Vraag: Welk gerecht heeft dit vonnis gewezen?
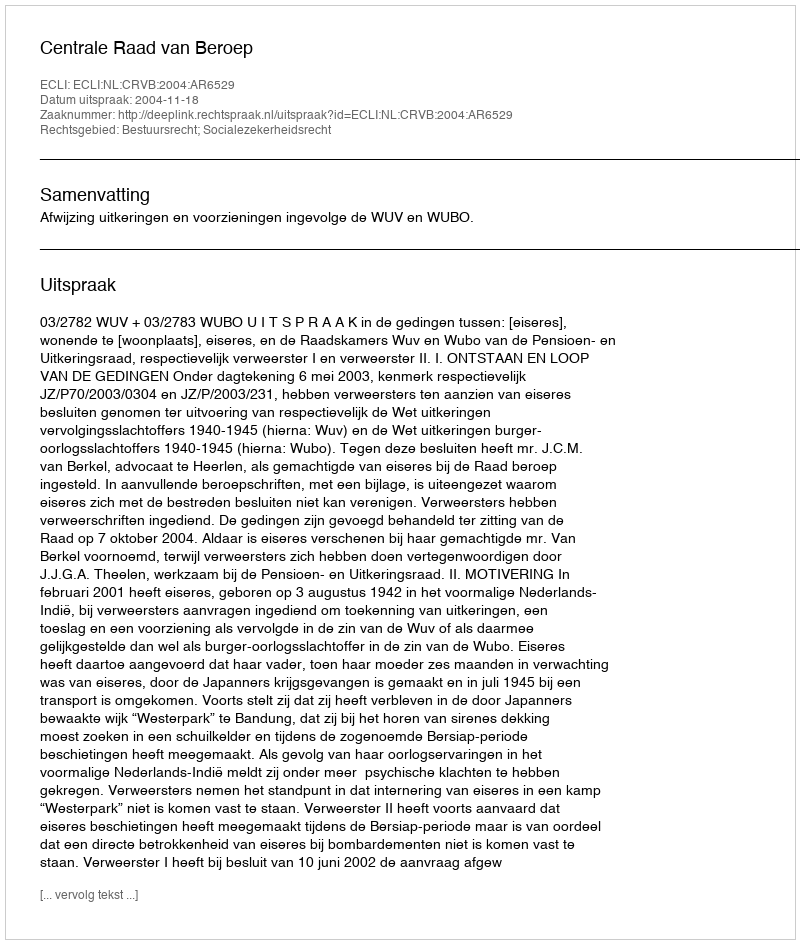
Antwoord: Centrale Raad van Beroep